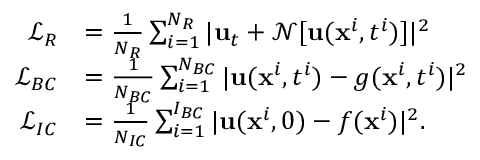
\begin{array} { r l } { \mathcal { L } _ { R } } & { = \frac { 1 } { N _ { R } } \sum _ { i = 1 } ^ { N _ { R } } | \mathbf { u } _ { t } + \mathcal { N } [ \mathbf { u } ( \mathbf { x } ^ { i } , t ^ { i } ) ] | ^ { 2 } } \\ { \mathcal { L } _ { B C } } & { = \frac { 1 } { N _ { B C } } \sum _ { i = 1 } ^ { N _ { B C } } | \mathbf { u } ( \mathbf { x } ^ { i } , t ^ { i } ) - g ( \mathbf { x } ^ { i } , t ^ { i } ) | ^ { 2 } } \\ { \mathcal { L } _ { I C } } & { = \frac { 1 } { N _ { I C } } \sum _ { i = 1 } ^ { I _ { B C } } | \mathbf { u } ( \mathbf { x } ^ { i } , 0 ) - f ( \mathbf { x } ^ { i } ) | ^ { 2 } . } \end{array}